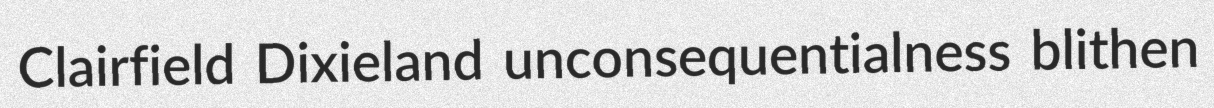
Clairfield Dixieland unconsequentialness blithen